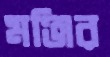
মঞ্জির